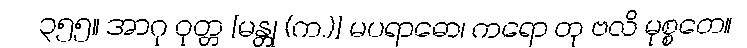
၃၅၅။ အာဂု ဝုတ္တ [မန္တု (က.)] မပရာဓော၊ ကရော တု ဗလိ မုစ္စတေ။